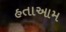
હતાઆમ